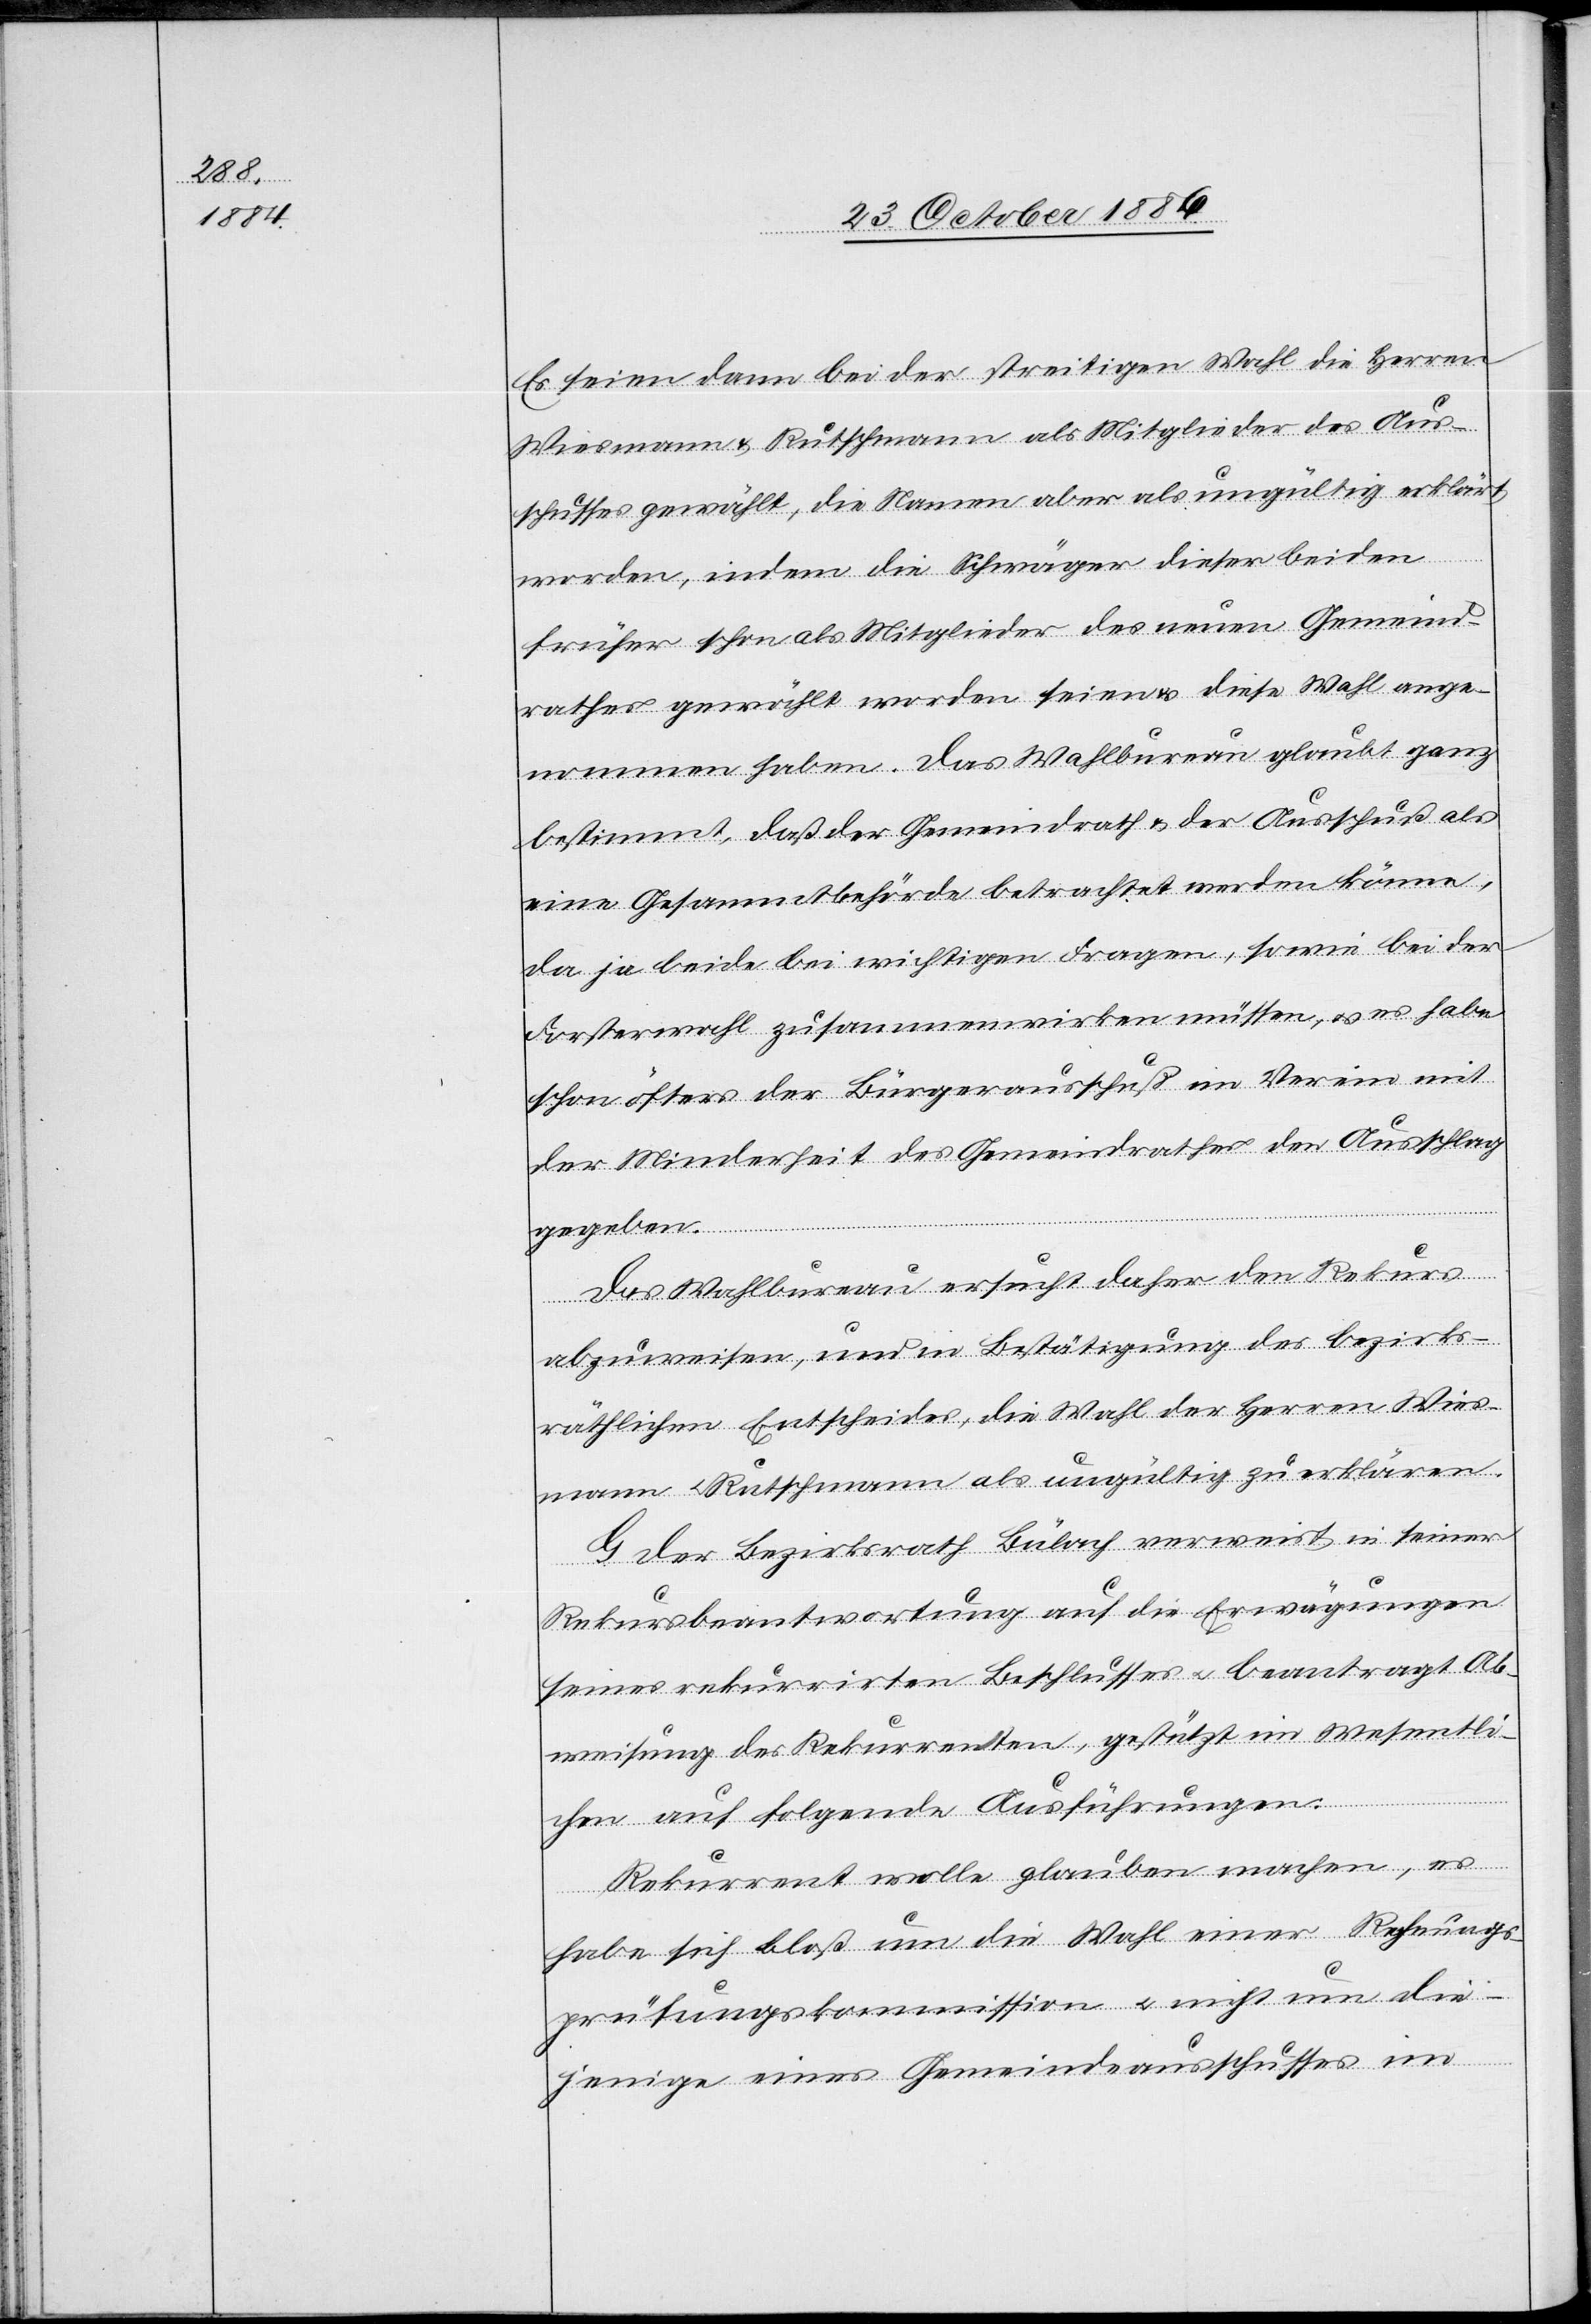
Es seien dann bei der streitigen Wahl die Herren
Wiesmann & Rutschmann als Mitglieder des Aus¬
schusses gewählt, die Namen aber als ungültig erklärt
worden, indem die Schwäger dieser beiden
früher schon als Mitglieder des neuen Gemeind¬
rathes gewählt worden seien & diese Wahl ange¬
nommen haben. Das Wahlbureau glaubt ganz
bestimmt, daß der Gemeindrath & der Ausschuß als
eine Gesammtbehörde betrachtet werden könne[n],
da ja beide bei wichtigen Fragen, sowie bei der
Forsterwahl [sic!] zusammenwirken müssen, & es habe
schon öfters der Bürgerausschuß im Verein mit
der Minderheit des Gemeindrathes den Ausschlag
gegeben.
Das Wahlbureau ersucht daher den Rekurs
abzuweisen, und in Bestätigung des bezirks¬
räthlichen Entscheides, die Wahl der Herren Wies¬
mann & Rutschmann als ungültig zu erklären.
G. Der Bezirksrath Bülach verweist in seiner
Rekursbeantwortung auf die Erwägungen
seines rekurrirten Beschlusses & beantragt Ab¬
weisung des Rekurrenten, gestützt im Wesentli¬
chen auf folgende Ausführungen:
Rekurrent wolle glauben machen, es
habe sich bloß um die Wahl einer Rechnungs¬
prüfungskommission & nicht um die¬
jenige eines Gemeindeausschusses im